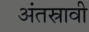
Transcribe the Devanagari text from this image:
अंतस्रावी